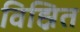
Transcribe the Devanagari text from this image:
विह्नित